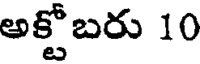
అక్టోబరు 10